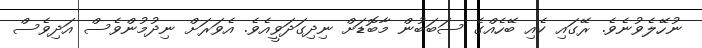
ނުހޭލެވުނެވެ. ރޭގައި ކެއި ބޭހެއްގެ ސަބަބުން މާބޮޑަށް ނިދިގަދަވީއެވެ. އެވަރަށް ނިދުމުންވެސް އަދިވެސް